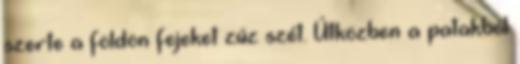
szerte a földön fejeket zúz szét. Útközben a patakból